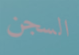
السجن